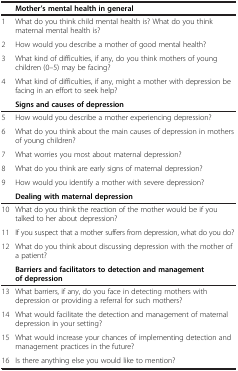
<table><thead><tr><td><b> </b></td><td><b>Mother’s mental health in general</b></td></tr></thead><tbody><tr><td>1</td><td>What do you think child mental health is? What do you think maternal mental health is?</td></tr><tr><td>2</td><td>How would you describe a mother of good mental health?</td></tr><tr><td>3</td><td>What kind of difficulties, if any, do you think mothers of young children (0–5) may be facing?</td></tr><tr><td>4</td><td>What kind of difficulties, if any, might a mother with depression be facing in an effort to seek help?</td></tr><tr><td> </td><td><b>Signs and causes of depression</b></td></tr><tr><td>5</td><td>How would you describe a mother experiencing depression?</td></tr><tr><td>6</td><td>What do you think about the main causes of depression in mothers of young children?</td></tr><tr><td>7</td><td>What worries you most about maternal depression?</td></tr><tr><td>8</td><td>What do you think are early signs of maternal depression?</td></tr><tr><td>9</td><td>How would you identify a mother with severe depression?</td></tr><tr><td> </td><td><b>Dealing with maternal depression</b></td></tr><tr><td>10</td><td>What do you think the reaction of the mother would be if you talked to her about depression?</td></tr><tr><td>11</td><td>If you suspect that a mother suffers from depression, what do you do?</td></tr><tr><td>12</td><td>What do you think about discussing depression with the mother of a patient?</td></tr><tr><td> </td><td><b>Barriers and facilitators to detection and management of depression</b></td></tr><tr><td>13</td><td>What barriers, if any, do you face in detecting mothers with depression or providing a referral for such mothers?</td></tr><tr><td>14</td><td>What would facilitate the detection and management of maternal depression in your setting?</td></tr><tr><td>15</td><td>What would increase your chances of implementing detection and management practices in the future?</td></tr><tr><td>16</td><td>Is there anything else you would like to mention?</td></tr></tbody></table>